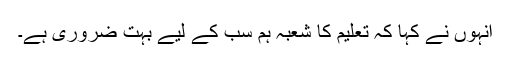
انہوں نے کہا کہ تعلیم کا شعبہ ہم سب کے لیے بہت ضروری ہے۔